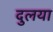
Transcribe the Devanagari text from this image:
दुलया